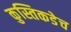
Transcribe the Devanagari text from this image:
कुस्तिकडेच